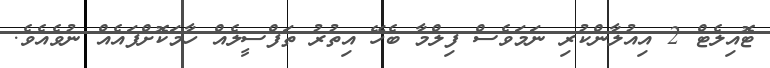
ޓޮއިލެޓް 2 އިއުލާންކުރި ނަމަވެސް ފިލްމާ ބެހޭ އިތުރު ތަފްސީލެއް ހާމަކޮށްފައެއް ނުވެއެވެ.